Leningradi_Edasi_toimetus, lk 79
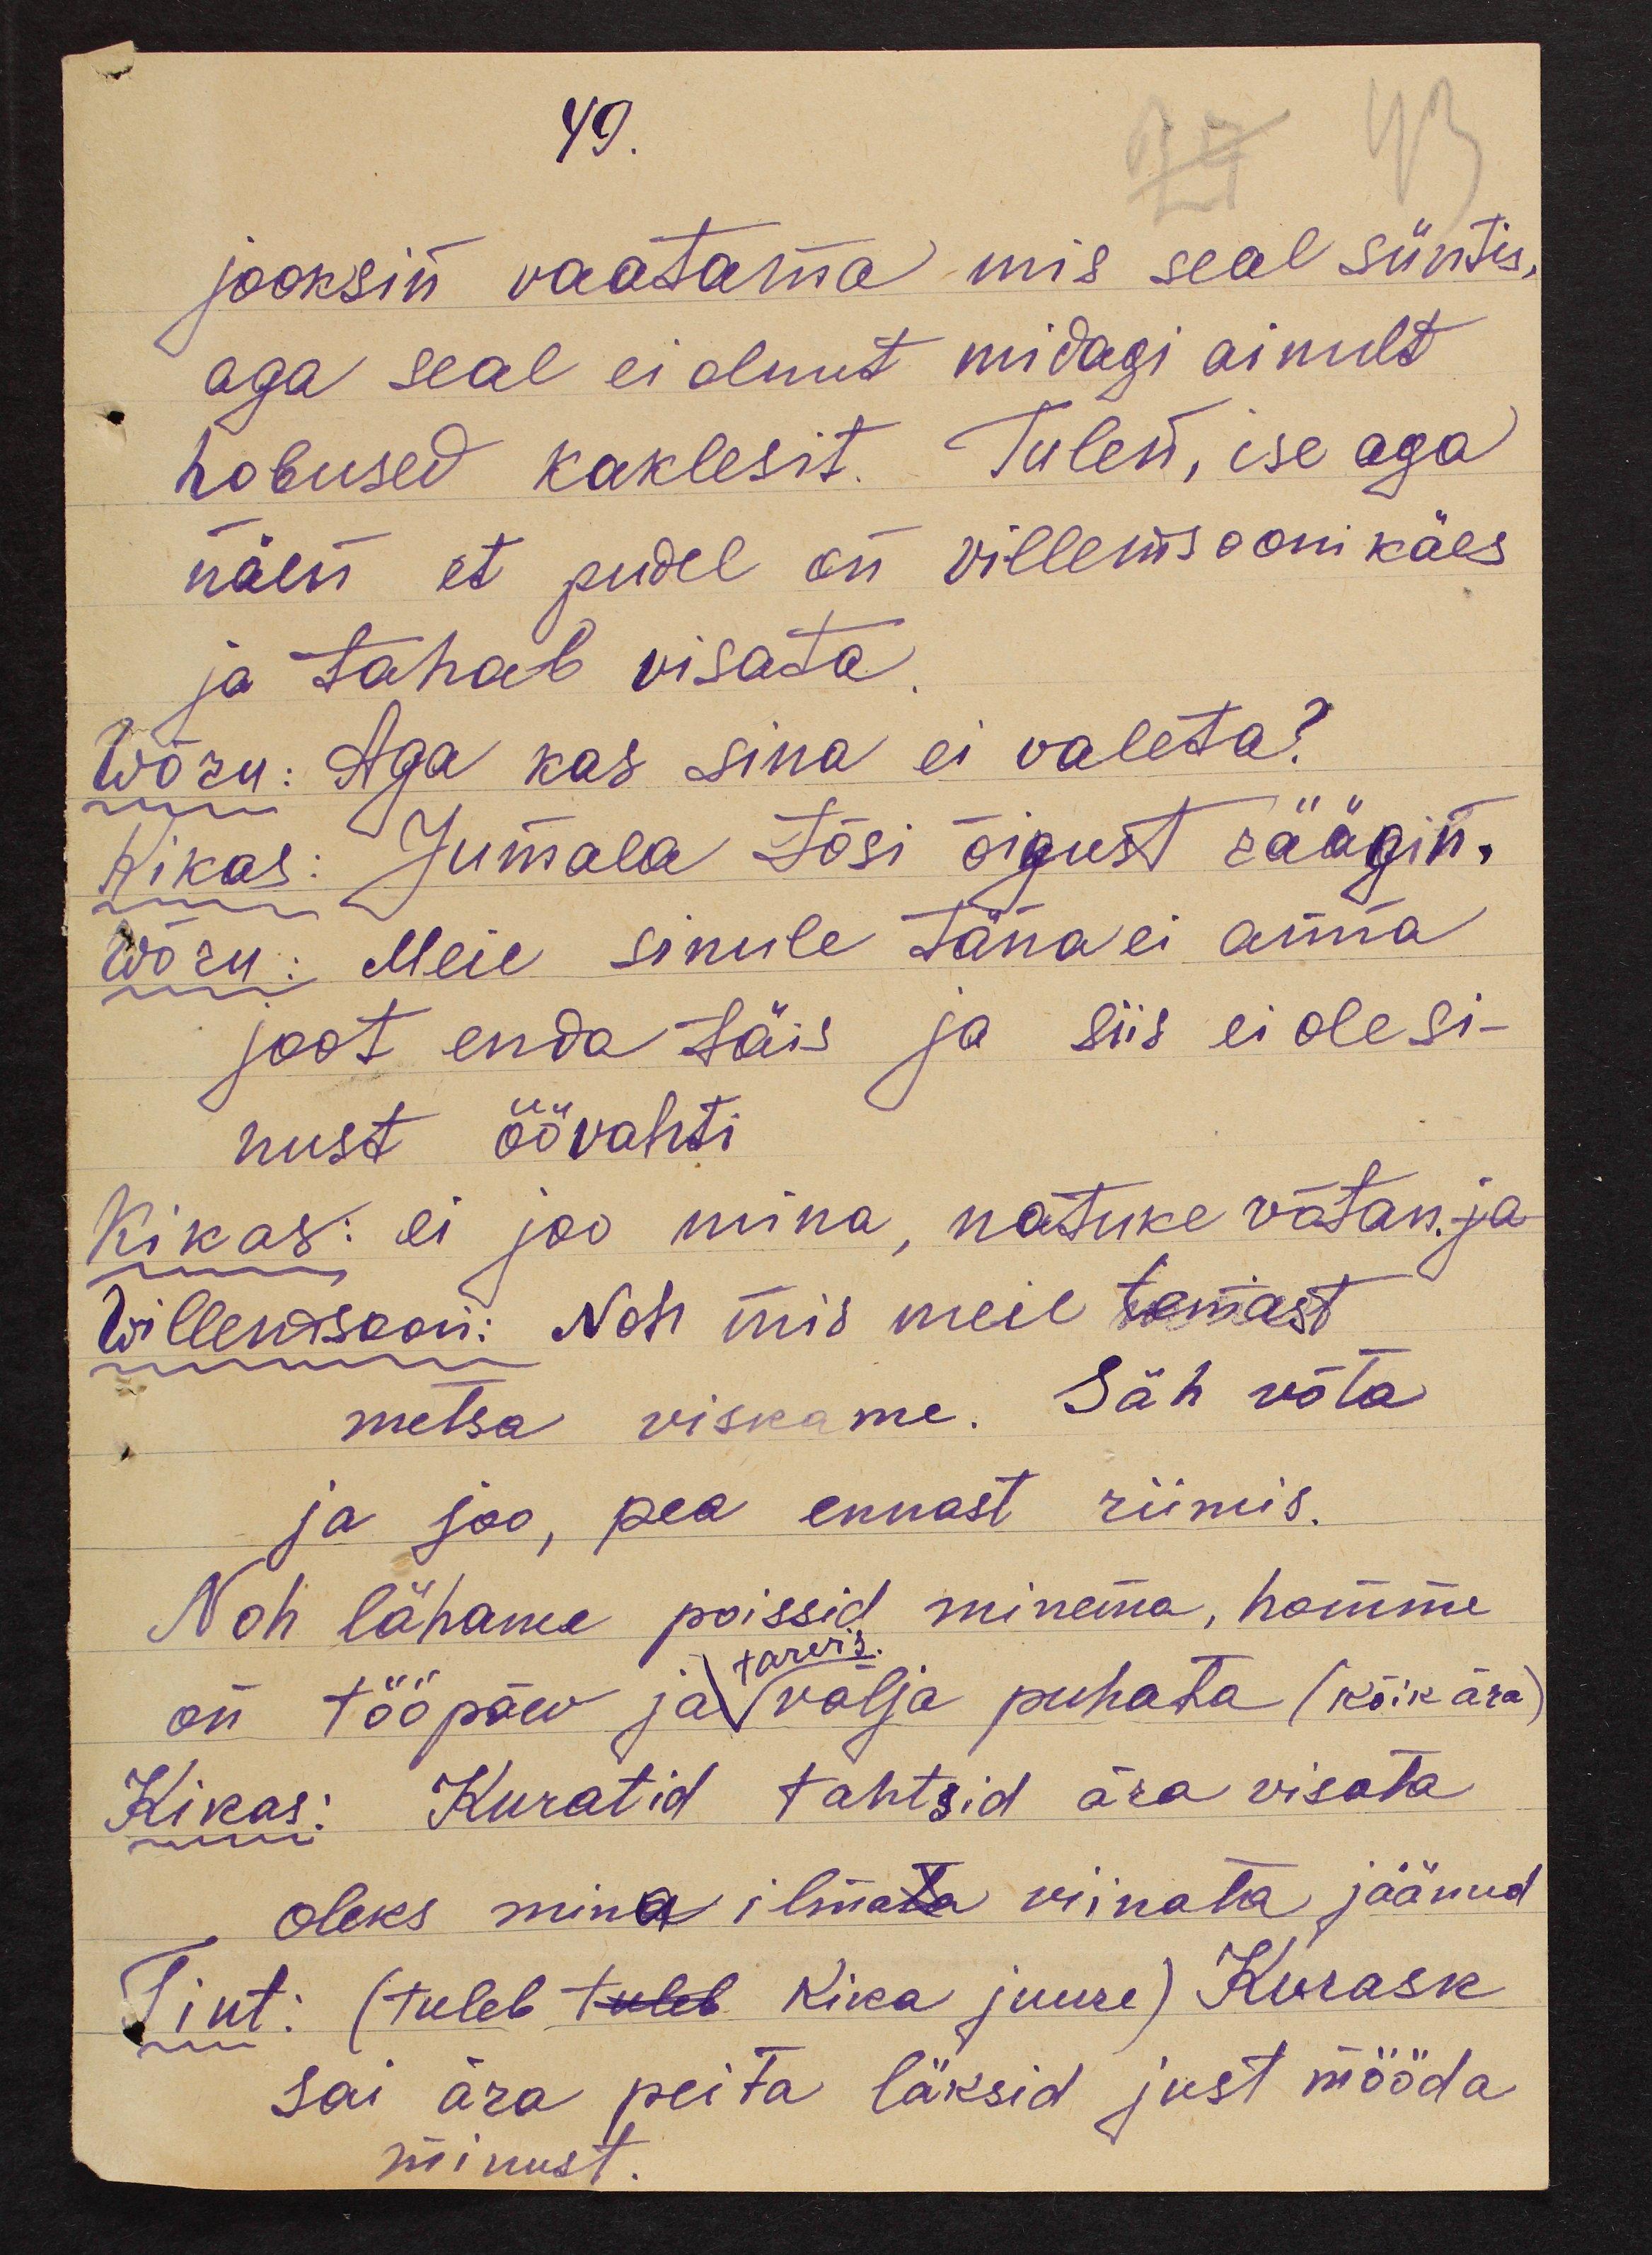
49.
jooksin vaatama mis seal süntis,
aga seal ei olnut midagi ainult
hobused kaklesit. Tulen, ise aga
näen et pudel on villemsooni käes
ja tahab visata.
Wõru: Aga kas sina ei valeta?
Kikas: Jumala tõsi õigust räägin.
Wõru: Meie sinule täna ei anna
joot enda täis ja siis ei ole si-
nust öövahti
Kikas: ei joo mina, natuke võtan. ja
Willemsoon: Noh mis meie temast
metsa viskame. Säh võta
ja joo, pea ennast riimis.
Noh lähame poissid minema, homme
tarvis
on tööpäev ja välja puhata (kõik ära)
Kikas: Kuratid tahtsid ära visata
oleks mina ilmata viinata jäänud
Tint: (tuleb tuleb Kika juure) Kurask
sai ära peita läksid just mööda
minust.